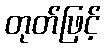
တုတ်ဖြင့်